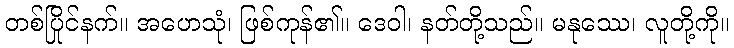
တစ်ပြိုင်နက်။ အဟေသုံ၊ ဖြစ်ကုန်၏။ ဒေဝါ၊ နတ်တို့သည်။ မနုဿေ၊ လူတို့ကို။